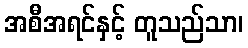
အစီအရင်နှင့် တူသည်သာ၊